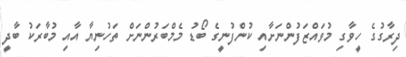
ދިރާގުގެ ހީވާގި މުވައްޒަފުންނަށާއި ކުންފުނީގެ ބޯޑު މެމްބަރުންނަށް ތަހުނިޔާ އާއި މުބާރަކު ބާދީ